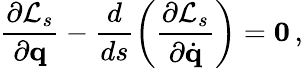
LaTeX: \frac{\partial{\cal L}_{s}}{\partial{\mathbf q}}-\frac{d}{ds}\left(\frac{\partial{\cal L}_{s}}{\partial\dot{\mathbf q}}\right)={\mathbf 0}\, ,